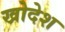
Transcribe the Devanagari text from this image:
खोदेश